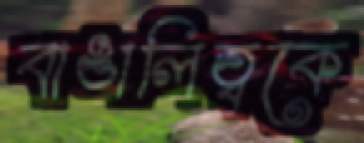
বাঙালিত্বকে